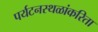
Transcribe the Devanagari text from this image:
पर्यटनस्थळांकरिता